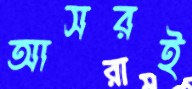
আসরই